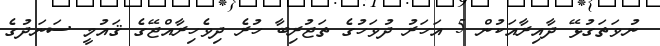
ނުވަތަގުޅޭ ދާއިރާއަކުން 5 އަހަރު ދުވަހުގެ ތަޖުރިބާ ހުރެ ދިވެހިރާއްޖޭގެ ޤައުމީ ސަނަދުގެ